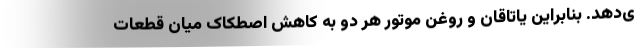
ی‌دهد. بنابراین یاتاقان و روغن موتور هر دو به کاهش اصطکاک میان قطعات